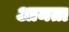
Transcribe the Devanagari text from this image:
आमता